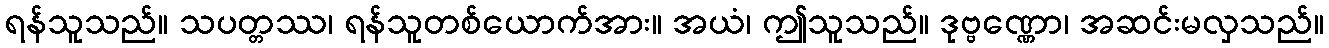
ရန်သူသည်။ သပတ္တဿ၊ ရန်သူတစ်ယောက်အား။ အယံ၊ ဤသူသည်။ ဒုဗ္ဗဏ္ဏော၊ အဆင်းမလှသည်။